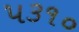
૫૩૧૦